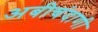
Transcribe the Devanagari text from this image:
अबीचंदाणी